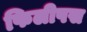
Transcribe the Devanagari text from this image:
फिलीपस